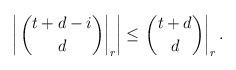
LaTeX: \begin{align*} \left| \left. \binom{t+d-i}{d} \right|_r \right| \leq \left. \binom{t+d}{d} \right|_r.\end{align*}